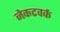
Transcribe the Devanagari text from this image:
नेकटवर्क